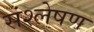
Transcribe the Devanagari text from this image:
संश्‍लेषण